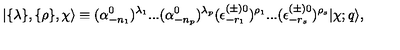
\vert \{ \lambda \} , \{ \rho \} , \chi \rangle { } \equiv { } ( \alpha _ { - { n _ { 1 } } } ^ { 0 } ) ^ { \lambda _ { 1 } } . . . ( \alpha _ { - { n _ { p } } } ^ { 0 } ) ^ { \lambda _ { p } } ( \epsilon _ { - r _ { 1 } } ^ { ( \pm ) 0 } ) ^ { \rho _ { 1 } } . . . ( \epsilon _ { - r _ { s } } ^ { ( \pm ) 0 } ) ^ { \rho _ { s } } \vert \chi ; q \rangle { } ,